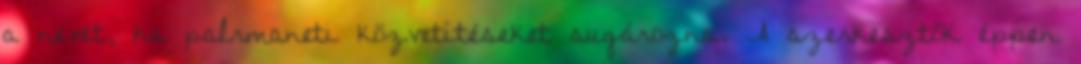
a nevét, ha palrmaneti közvetítéseket sugározna. A szerkesztők éppen